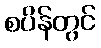
စပိန်တွင်